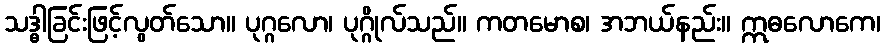
သဒ္ဓါခြင်းဖြင့်လွတ်သော။ ပုဂ္ဂလော၊ ပုဂ္ဂိုလ်သည်။ ကတမောစ၊ အဘယ်နည်း။ ဣဓလောကေ၊